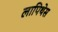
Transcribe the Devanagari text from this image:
लापिथेस